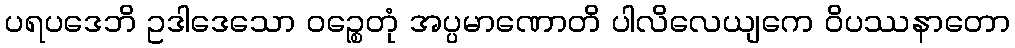
ပရပဒေဘိ ဥဒါဒေသော ဝဉ္စေတုံ အပ္ပမာဏောတိ ပါလိလေယျကေ ဝိပဿနာတော